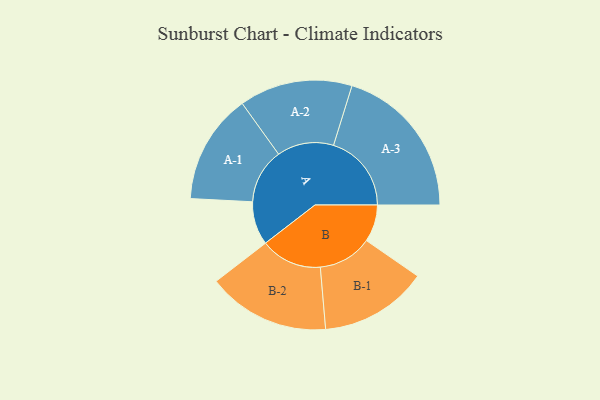
{"axis": {"x": "Segment", "y": "Value"}, "legend": ["", "A", "B"], "data": [{"x": "A", "y": 165, "type": ""}, {"x": "B", "y": 141, "type": ""}, {"x": "A-1", "y": 209, "type": "A"}, {"x": "A-2", "y": 215, "type": "A"}, {"x": "A-3", "y": 296, "type": "A"}, {"x": "B-1", "y": 205, "type": "B"}, {"x": "B-2", "y": 233, "type": "B"}]}